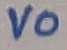
Text: VO